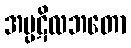
အပ္ပဋိလဘတော